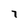
Character: 7